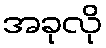
အခုလို